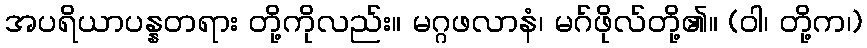
အပရိယာပန္နတရား တို့ကိုလည်း။ မဂ္ဂဖလာနံ၊ မဂ်ဖိုလ်တို့၏။ (ဝါ၊ တို့က၊)